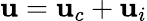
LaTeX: \mathbf{u}=\mathbf{u}_{c}+\mathbf{u}_{i}